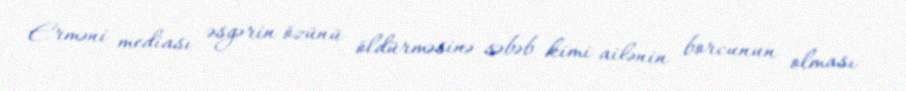
Erməni mediası əsgərin özünü öldürməsinə səbəb kimi ailənin borcunun olması